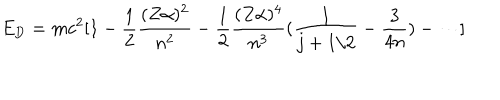
LaTeX: E _ { \mathrm { D } } = m c ^ { 2 } [ 1 - \frac { 1 } { 2 } \frac { ( Z \alpha ) ^ { 2 } } { n ^ { 2 } } - \frac { 1 } { 2 } \frac { ( Z \alpha ) ^ { 4 } } { n ^ { 3 } } ( \frac { 1 } { j + 1 / 2 } - \frac { 3 } { 4 n } ) - \cdots ]